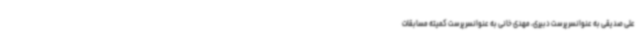
علی صدیقی به عنوانسرپرست دبیری، مهدی خانی به عنوانسرپرست کمیته مسابقات